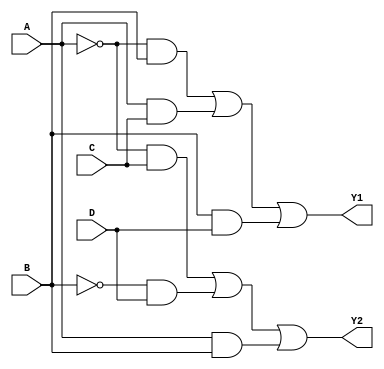
module hybrid_min_logic (
    input wire A,  // Input variable A
    input wire B,  // Input variable B
    input wire C,  // Input variable C
    input wire D,  // Input variable D
    output wire Y1, // Output variable Y1
    output wire Y2  // Output variable Y2
);

// Internal signals for intermediate calculations
wire A_not, B_not, C_not, D_not;
wire term1, term2, term3, term4, term5, term6;

// Invert inputs
not (A_not, A);
not (B_not, B);
not (C_not, C);
not (D_not, D);

// Logic for Y1 = A'B + AC + BD
assign term1 = A_not & B;  // A'B
assign term2 = A & C;      // AC
assign term3 = B & D;      // BD
assign Y1 = term1 | term2 | term3; // Combine terms

// Logic for Y2 = A'C + B'D + AB
assign term4 = A_not & C;  // A'C
assign term5 = B_not & D;  // B'D
assign term6 = A & B;      // AB
assign Y2 = term4 | term5 | term6; // Combine terms

endmodule